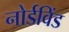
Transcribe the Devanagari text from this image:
नोर्डविंड